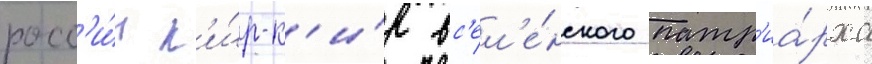
росс'и́и к'и́р-к'и́р вс'ел'е́нского патр'иа́рха